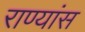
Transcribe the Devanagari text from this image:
राण्यांस